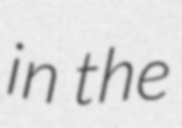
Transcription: in the